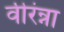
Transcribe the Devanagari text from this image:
वीरंन्ना